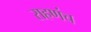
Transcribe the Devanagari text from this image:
राहणंच